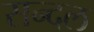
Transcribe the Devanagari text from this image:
सन्दल